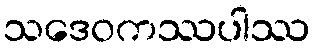
သဒေဝကဿပါဿ